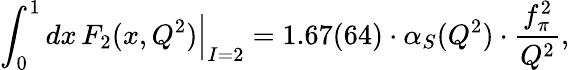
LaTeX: \int_{0}^{1}dx\, F_{2}(x,Q^{2})\Big|_{I=2}=1.67(64)\cdot\alpha_{S}(Q^{2})\cdot\frac{f_{\pi}^{2}}{Q^{2}},